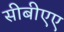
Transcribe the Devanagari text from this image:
सीबीएए